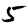
Digit: 5